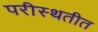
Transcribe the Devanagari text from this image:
परीस्थतीत